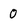
Character: O